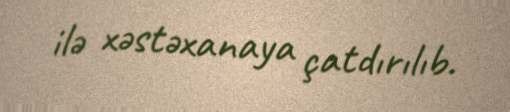
ilə xəstəxanaya çatdırılıb.